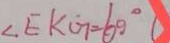
\angle E K G = 6 0 ^ { \circ }